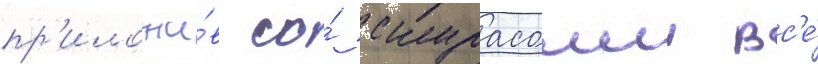
пр'иложи́в со́ скурасом вс'е́